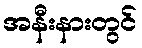
အနီးနားတွင်